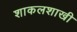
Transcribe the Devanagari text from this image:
शाकलशाखी